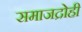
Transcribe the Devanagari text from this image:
समाजद्रोही